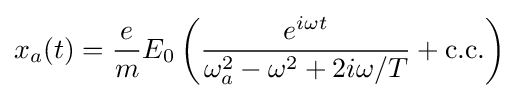
x_{a}(t)={\frac {e}{m}}E_{0}\left({\frac {e^{i\omega t}}{\omega _{a}^{2}-\omega ^{2}+2i\omega /T}}+{\text{c.c.}}\right)